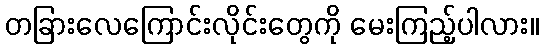
တခြားလေကြောင်းလိုင်းတွေကို မေးကြည့်ပါလား။